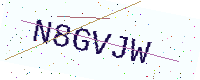
Text: N8GVJW